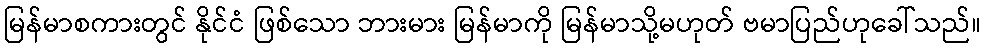
မြန်မာစကားတွင် နိုင်ငံ ဖြစ်သော ဘားမား မြန်မာကို မြန်မာသို့မဟုတ် ဗမာပြည်ဟုခေါ်သည်။